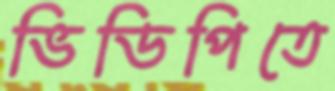
ভিডিপিতে